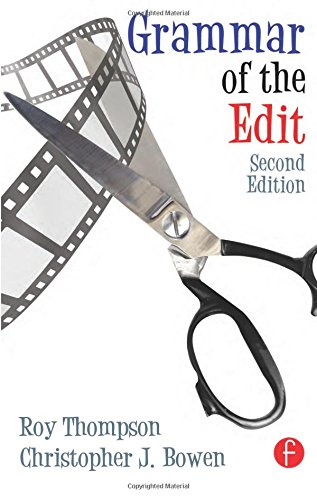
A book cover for Grammar of the Edit; Christopher J. Bowen; Humor & Entertainment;